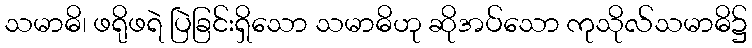
သမာဓိ၊ ဖရိုဖရဲ ပြဲခြင်းရှိသော သမာဓိဟု ဆိုအပ်သော ကုသိုလ်သမာဓိ၌